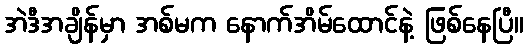
အဲဒီအချိန်မှာ အစ်မက နောက်အိမ်ထောင်နဲ့ ဖြစ်နေပြီ။